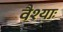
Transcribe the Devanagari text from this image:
वैश्याः